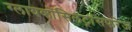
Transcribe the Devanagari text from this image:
ग्लायकोसिलट्रांसफरेज